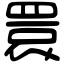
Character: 睘